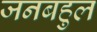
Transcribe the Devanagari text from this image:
जनबहुल